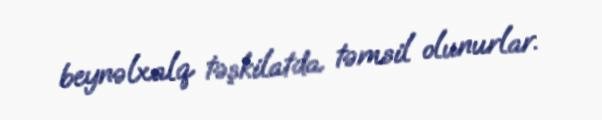
beynəlxalq təşkilatda təmsil olunurlar.